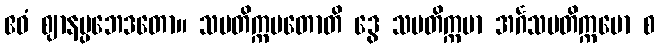
ဧဝံ ဈာနပ္ပဘေဒတော။ သမတိက္ကမတောတိ ဒွေ သမတိက္ကမာ အင်္ဂသမတိက္ကမော စ